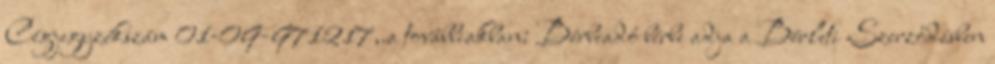
Cégjegyzékszám 01-09-971217,.a továbbiakban: Bérbeadó bérbe adja a Bérleti Szerződésben